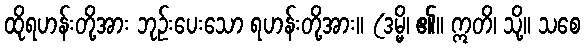
ထိုရဟန်းတို့အား ဘုဉ်းပေးသော ရဟန်းတို့အား။ (ဒမ္မိ၊ ၏။ ဣတိ၊ သို့။ သစေ